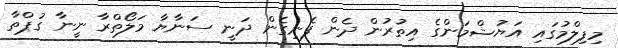
މިފިލްމުގައި އަޔުޝްމަންގެ އިތުރުން ދެން ފެނިގެން ދަނީ ސަނާޔާ މަލޯތްރާ ނީނާ ގުޕްތާ